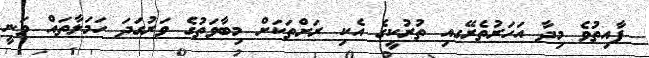
ފާއިތުވެ މިދާ އަހަރުތެރޭގއި ތުރުކީގެ އެކި ރަށްތަކަށް މިބާވަތުގެ ވަރުގަދަ ހަމަލާތައް ވަނީ